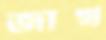
জাখ